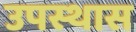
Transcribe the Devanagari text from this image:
उपस्थास